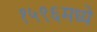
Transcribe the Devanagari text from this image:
१५९६मध्ये